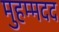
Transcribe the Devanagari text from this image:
मुहम्मदद